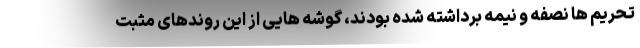
تحریم ها نصفه و نیمه برداشته شده بودند، گوشه هایی از این روندهای مثبت